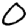
Digit: 0